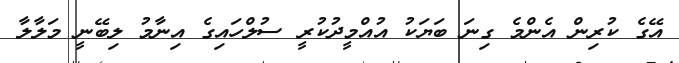
އޭގެ ކުރިން އެންމެ ގިނަ ބަޔަކު އުއްމީދުކުރީ ސުލްހައިގެ އިނާމު ލިބޭނީ މަލާލާ